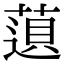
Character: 𬝿